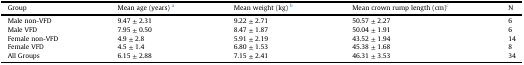
| Group | Mean age (years) a | Mean weight (kg) b | Mean crown rump length (cm)c | N |
 | --- | --- | --- | --- | --- |
 | Male non-VFD | 9.47 ± 2.31 | 9.22 ± 2.71 | 50.57 ± 2.27 | 6 |
 | Male VFD | 7.95 ± 0.50 | 8.47 ± 1.87 | 50.04 ± 1.91 | 6 |
 | Female non-VFD | 4.9 ± 2.8 | 5.91 ± 2.19 | 43.52 ± 1.94 | 14 |
 | Female VFD | 4.5 ± 1.4 | 6.80 ± 1.53 | 45.38 ± 1.68 | 8 |
 | All Groups | 6.15 ± 2.88 | 7.15 ± 2.41 | 46.31 ± 3.53 | 34 |